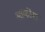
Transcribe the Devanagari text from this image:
आर्कोस